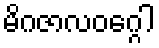
မိဂဇာလဝဂ္ဂေါ